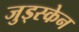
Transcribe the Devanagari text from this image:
जुड्स्केन